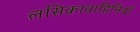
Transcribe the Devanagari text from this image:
लसिकावाहिनियाँ